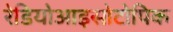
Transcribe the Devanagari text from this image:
रेडियोआइसोटोपिक